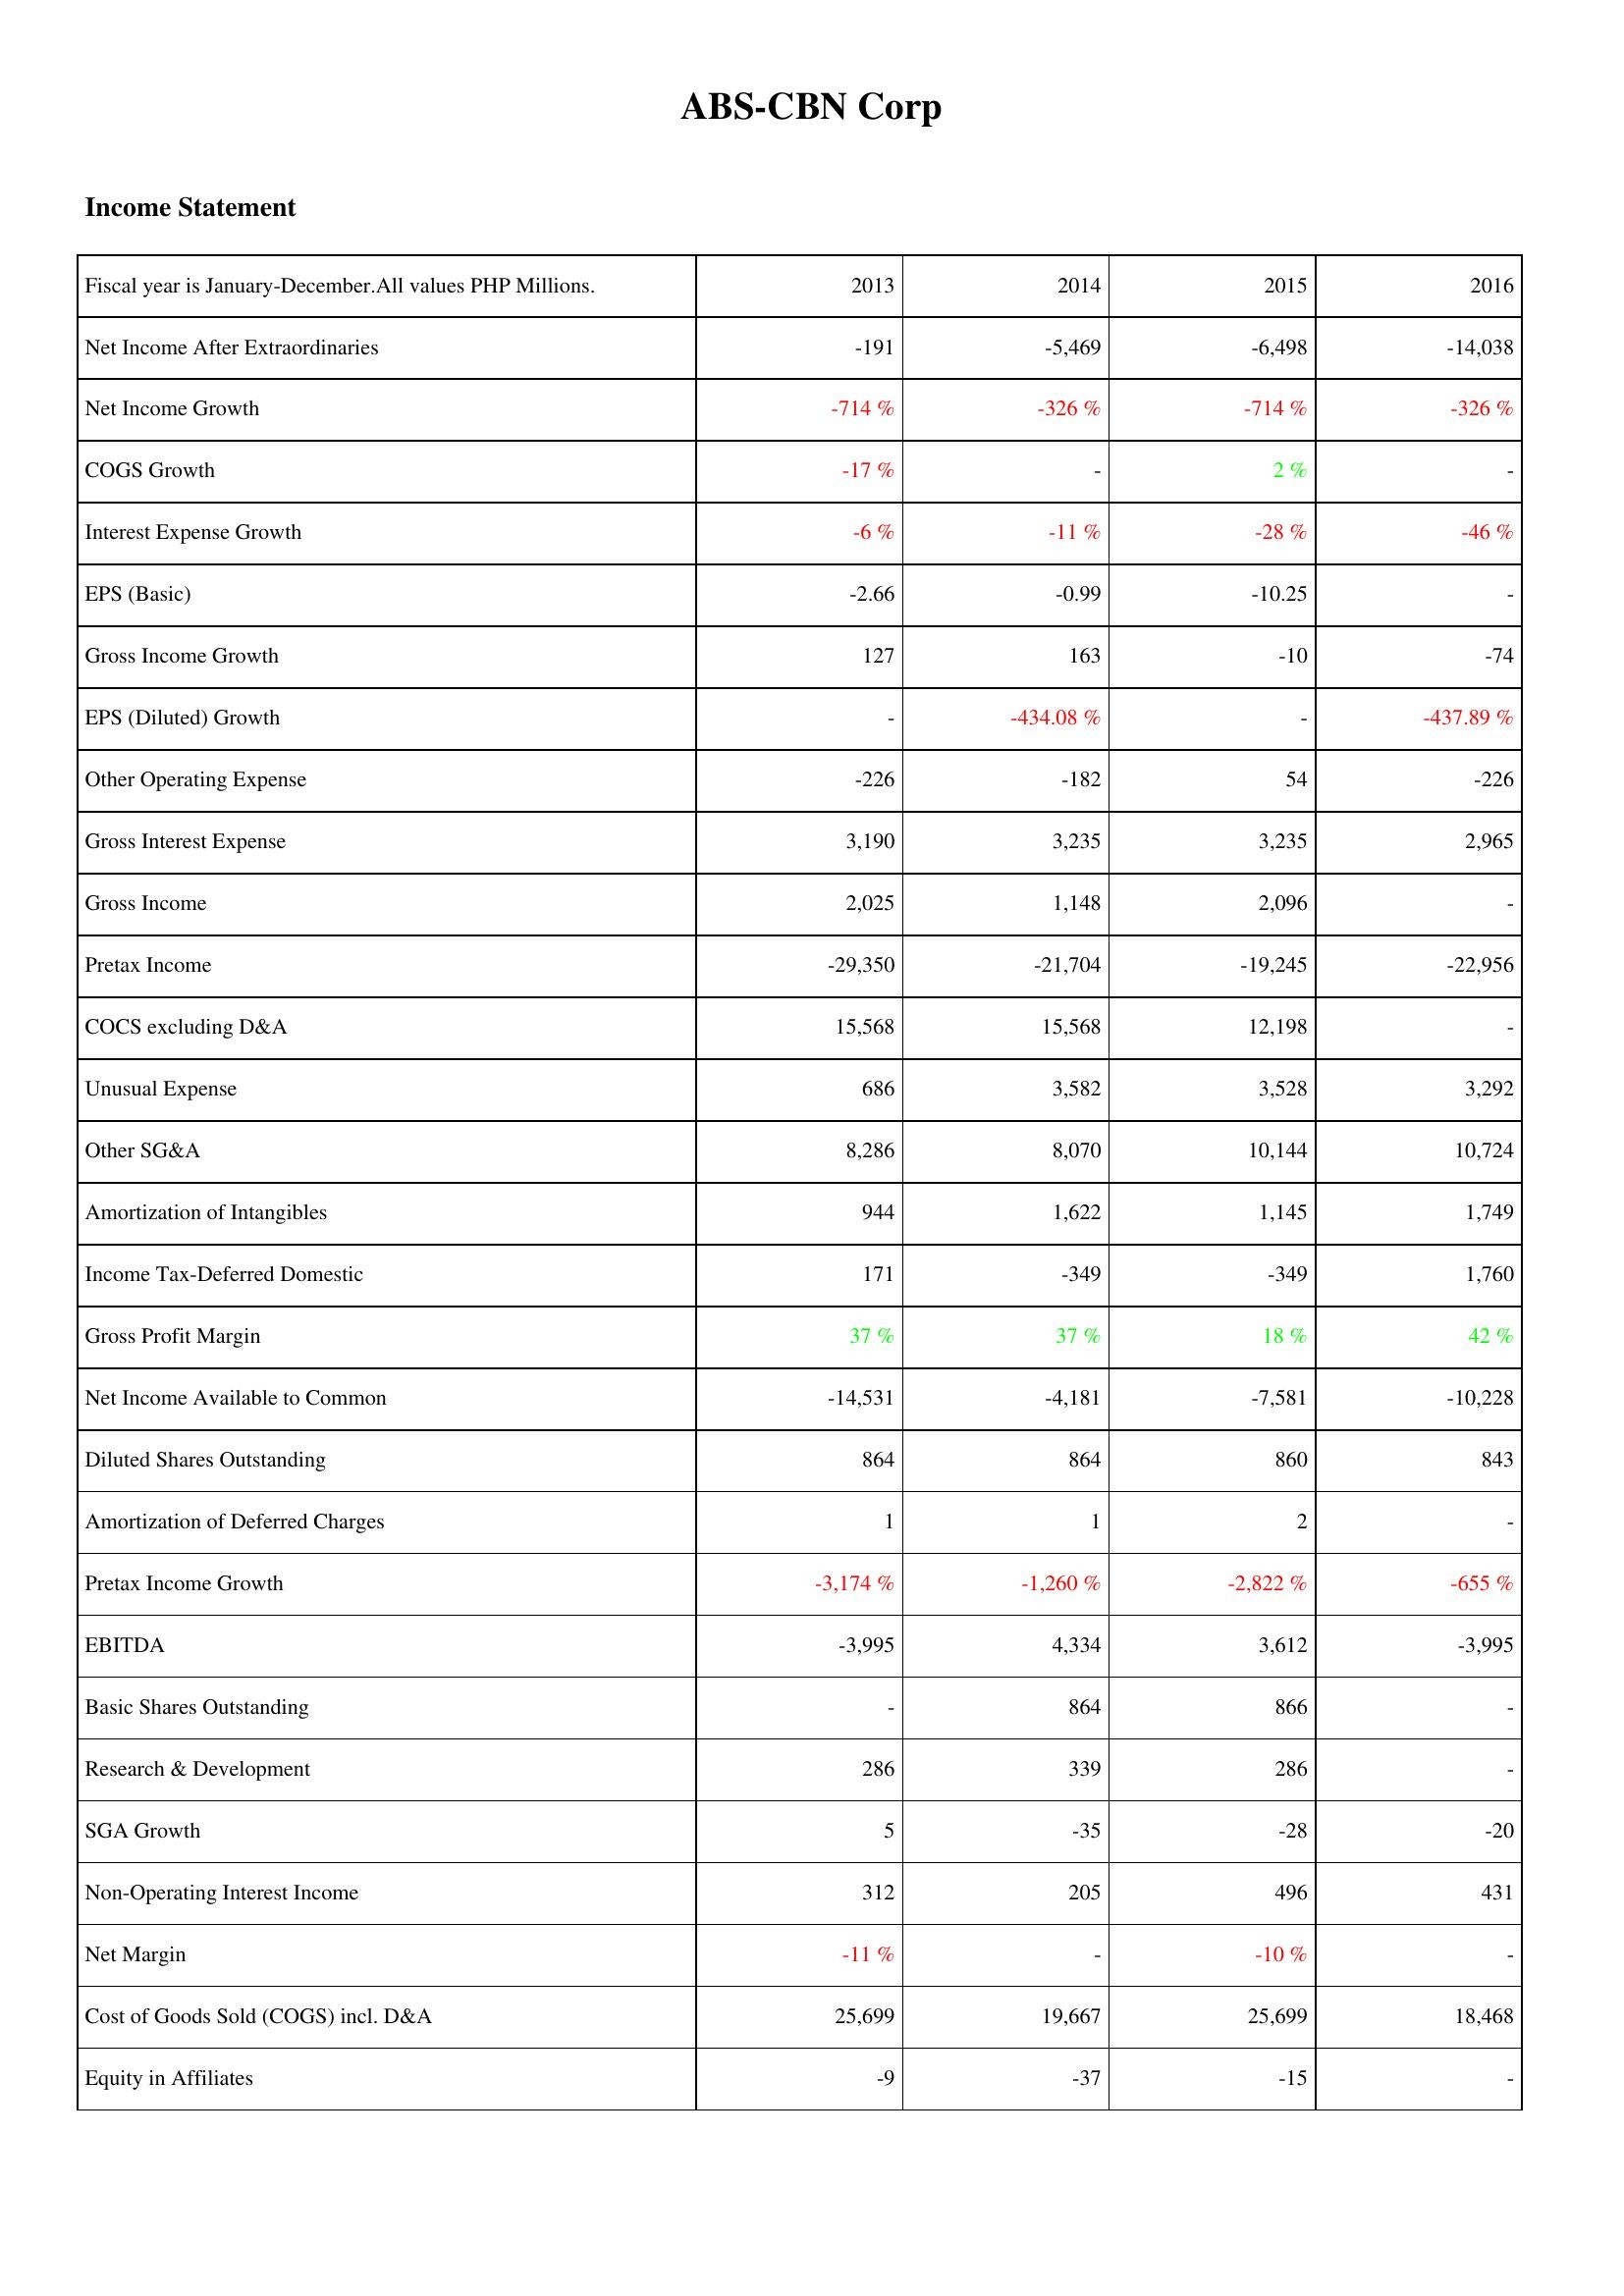
2013: Income Statement: Net Income After Extraordinaries: -191
Net Income Growth: -714 %
COGS Growth: -17 %
Interest Expense Growth: -6 %
EPS (Basic): -2.66
Gross Income Growth: 127
EPS (Diluted) Growth: -
Other Operating Expense: -226
Gross Interest Expense: 3,190
Gross Income: 2,025
Pretax Income: -29,350
COCS excluding D&A: 15,568
Unusual Expense: 686
Other SG&A: 8,286
Amortization of Intangibles: 944
Income Tax-Deferred Domestic: 171
Gross Profit Margin: 37 %
Net Income Available to Common: -14,531
Diluted Shares Outstanding: 864
Amortization of Deferred Charges: 1
Pretax Income Growth: -3,174 %
EBITDA: -3,995
Basic Shares Outstanding: -
Research & Development: 286
SGA Growth: 5
Non-Operating Interest Income: 312
Net Margin: -11 %
Cost of Goods Sold (COGS) incl. D&A: 25,699
Equity in Affiliates: -9
2014: Income Statement: Net Income After Extraordinaries: -5,469
Net Income Growth: -326 %
COGS Growth: -
Interest Expense Growth: -11 %
EPS (Basic): -0.99
Gross Income Growth: 163
EPS (Diluted) Growth: -434.08 %
Other Operating Expense: -182
Gross Interest Expense: 3,235
Gross Income: 1,148
Pretax Income: -21,704
COCS excluding D&A: 15,568
Unusual Expense: 3,582
Other SG&A: 8,070
Amortization of Intangibles: 1,622
Income Tax-Deferred Domestic: -349
Gross Profit Margin: 37 %
Net Income Available to Common: -4,181
Diluted Shares Outstanding: 864
Amortization of Deferred Charges: 1
Pretax Income Growth: -1,260 %
EBITDA: 4,334
Basic Shares Outstanding: 864
Research & Development: 339
SGA Growth: -35
Non-Operating Interest Income: 205
Net Margin: -
Cost of Goods Sold (COGS) incl. D&A: 19,667
Equity in Affiliates: -37
2015: Income Statement: Net Income After Extraordinaries: -6,498
Net Income Growth: -714 %
COGS Growth: 2 %
Interest Expense Growth: -28 %
EPS (Basic): -10.25
Gross Income Growth: -10
EPS (Diluted) Growth: -
Other Operating Expense: 54
Gross Interest Expense: 3,235
Gross Income: 2,096
Pretax Income: -19,245
COCS excluding D&A: 12,198
Unusual Expense: 3,528
Other SG&A: 10,144
Amortization of Intangibles: 1,145
Income Tax-Deferred Domestic: -349
Gross Profit Margin: 18 %
Net Income Available to Common: -7,581
Diluted Shares Outstanding: 860
Amortization of Deferred Charges: 2
Pretax Income Growth: -2,822 %
EBITDA: 3,612
Basic Shares Outstanding: 866
Research & Development: 286
SGA Growth: -28
Non-Operating Interest Income: 496
Net Margin: -10 %
Cost of Goods Sold (COGS) incl. D&A: 25,699
Equity in Affiliates: -15
2016: Income Statement: Net Income After Extraordinaries: -14,038
Net Income Growth: -326 %
COGS Growth: -
Interest Expense Growth: -46 %
EPS (Basic): -
Gross Income Growth: -74
EPS (Diluted) Growth: -437.89 %
Other Operating Expense: -226
Gross Interest Expense: 2,965
Gross Income: -
Pretax Income: -22,956
COCS excluding D&A: -
Unusual Expense: 3,292
Other SG&A: 10,724
Amortization of Intangibles: 1,749
Income Tax-Deferred Domestic: 1,760
Gross Profit Margin: 42 %
Net Income Available to Common: -10,228
Diluted Shares Outstanding: 843
Amortization of Deferred Charges: -
Pretax Income Growth: -655 %
EBITDA: -3,995
Basic Shares Outstanding: -
Research & Development: -
SGA Growth: -20
Non-Operating Interest Income: 431
Net Margin: -
Cost of Goods Sold (COGS) incl. D&A: 18,468
Equity in Affiliates: -